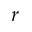
r